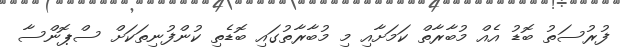
ފުރުސަތު ބޮޑު އެއް މުބާރާތް ކަމަށާއި މި މުބާރާތުގައި ބޮޑެތި ކުންފުނިތަކަށް ސްޕޮންސާ